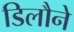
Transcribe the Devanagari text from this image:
डिलौने